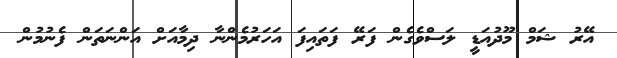
އޭރު ޝަމް މޫދުއަޑީ ލަސްވެގެން ފަރޭ ފަތައިފަ އަހަރުމެންނާ ދިމާއަށް އަންނަތަން ފެނުމުން